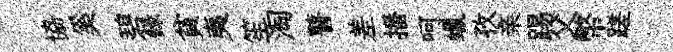
協奚碧錄貧夷笙淘瞽差播呵蠟孜亲踢父幣蹉